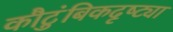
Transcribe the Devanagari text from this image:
कौटुंबिकदृष्ट्या